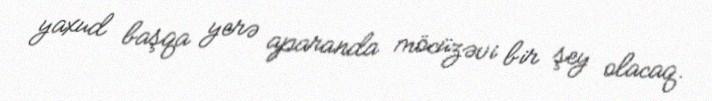
yaxud başqa yerə aparanda möcüzəvi bir şey olacaq.